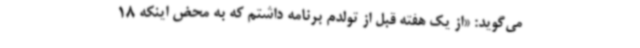
می‌گوید: «از یک هفته قبل از تولدم برنامه داشتم که به محض اینکه 18